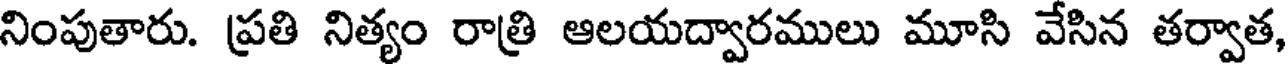
నింపుతారు. ప్రతి నిత్యం రాత్రి ఆలయద్వారములు మూసి వేసిన తర్వాత,